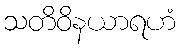
သတိဝိနယာရဟံ